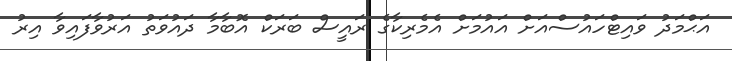
އަޙްމަދު ވައިޓްހައުސްއަށް އައުމަށް އެމެރިކާގެ ރައީސް ބަރަކް އޮބާމާ ދައުވަތު އަރުވާފައިވާ އިރު